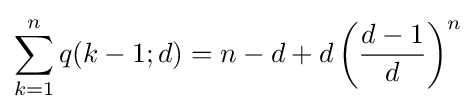
\sum _{k=1}^{n}q(k-1;d)=n-d+d\left({\frac {d-1}{d}}\right)^{n}